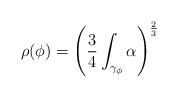
\begin{align*} \rho(\phi) = \left(\frac{3}{4}\int_{\gamma_\phi} \alpha\right)^{\frac{2}{3}}\end{align*}